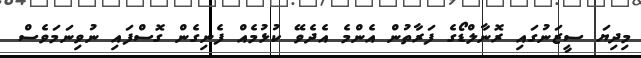
މިދިޔަ ސީޒަނުގައި ރޮނާލްޑޯގެ ފަރާތުން އެންމެ އެދެވޭ ކުޅުމެއް ފެނިގެން ގޮސްފައި ނުވިނަމަވެސް